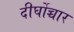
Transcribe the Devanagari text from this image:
दीर्घोच्चार